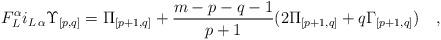
LaTeX: \begin{align*}F_L^\alpha i_{L\,\alpha} {\Upsilon}_{{[p,q]}} = {\Pi}_{[p+1,q]} +{m-p-q-1\over p+1} ( 2 {\Pi}_{[p+1,q]} + q {\Gamma}_{[p+1,q]} )\quad,\end{align*}